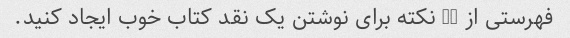
فهرستی از 10 نکته برای نوشتن یک نقد کتاب خوب ایجاد کنید.